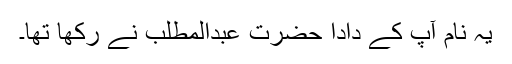
یہ نام آپ کے دادا حضرت عبدالمطلب نے رکھا تھا۔